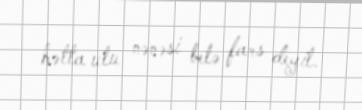
hətta ulu nənəsi belə fars deyil.